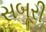
સબૂરી